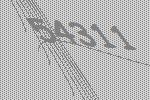
54311